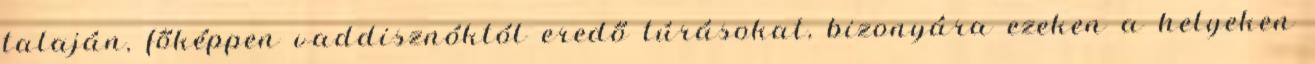
talaján, főképpen vaddisznóktól eredő túrásokat, bizonyára ezeken a helyeken